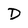
Character: D